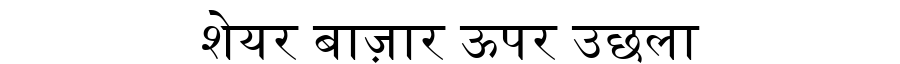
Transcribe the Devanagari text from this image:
शेयर बाज़ार ऊपर उछला